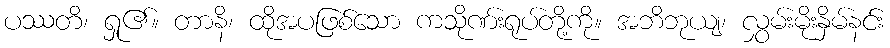
ပဿတိ၊ ရှု၏။ တာနိ၊ ထိုအပဖြစ်သော ကသိုဏ်းရုပ်တို့ကို။ အဘိဘုယျ၊ လွှမ်းမိုးနှိမ်နင်း